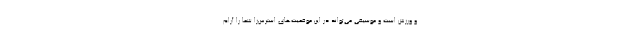
و ورزش است و موسیقی می‌تواند در این موقعیت‌های استرس‌زا شما را آرام